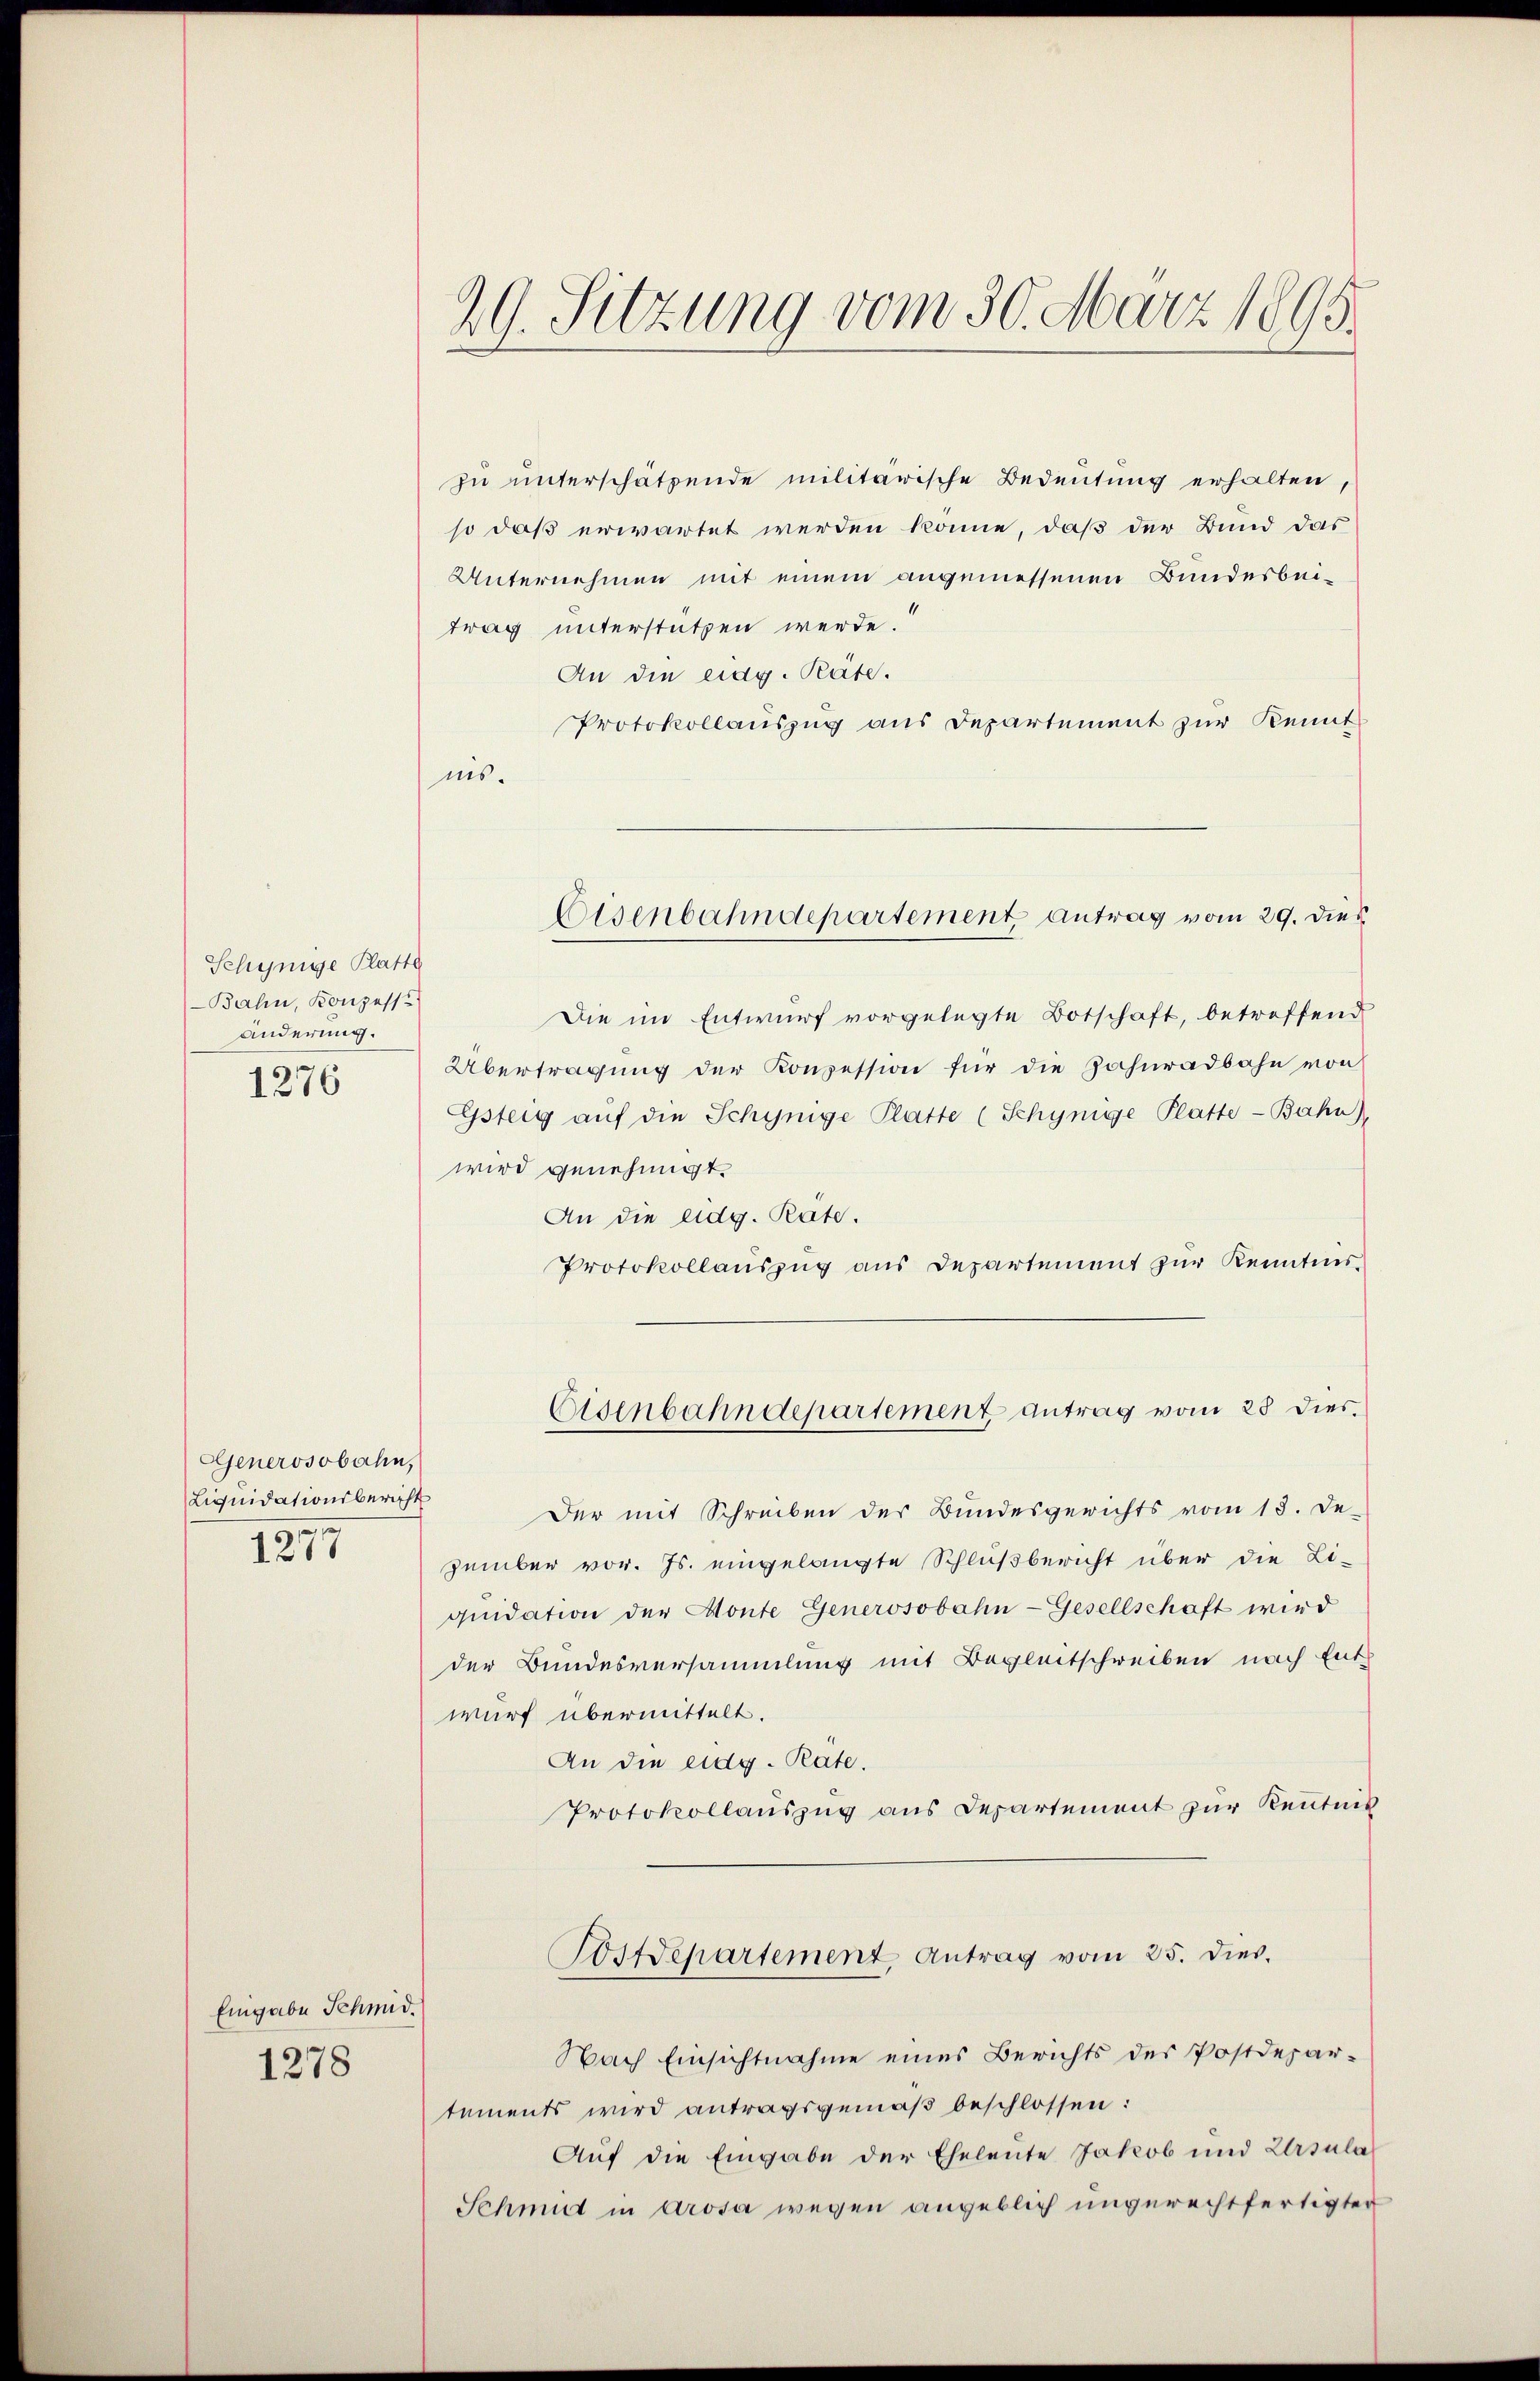
Schynige Platte
Bahn, Konzess
änderung.
1276

Generosobahn,
Liquidationsbericht
1277

Eingabe Schmid.
1278

29. Sitzung vom 30. März 1895.

zu unterschätzende militärische Bedeutung erhalten,
so daß erwartet werden könne, daß der Bund das
Unternehmen mit einem angemessenen Bundesbeitrag unterstützen werde.
An die eidg. Rate.
Protokollauszug aus Departement zur Kennt
nis.

Eisenbahndepartement antrag vom 29. dies

Eisenbahndepartement antrag vom 28 dies.

Die im Entwurf vorgelegte Botschaft, betreffend
Übertragung der Konzession für die Zahnradbahn von
Gsteig aŭf die Schynige Platte (Schynige Platte-Bahn),
wird genehmigt.
An die eidg. Räte.
Protokollauszug aus Departement zur Kenntnis
Der mit Schreiben der Bundesgerichts vom 13. De-
zember vor. Js. eingelangte Schlußbericht über die Li-
qŭidation der Monte Generosobahn-Gesellschaft wird
der Bundesversammlung mit Begleitschreiben nach Entwurf übermittelt.
An die eidg. Rate.
Protokollauszug aus Departement zur Kenntnis
Postdepartement, Antrag vom 25. dies.
Nach Einsichtnahme eines Berichts des Postdepartements wird antragsgemäβ beschlossen:
Auf die Eingabe der Eheleute Jakob und Ursula
Schmidt in Grosa wegen angeblich ungerechtfertigter